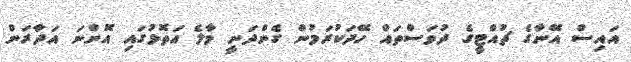
އައިސް އޭނާގެ ޗުއްޓީގެ ދުވަސްތައް ހޭދަކުރަމުން ގެންދަނީ މާލެ އަތޮޅުގައި އޮންނަ އަދާރަން